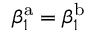
\beta _ { 1 } ^ { \mathrm { a } } = \beta _ { 1 } ^ { \mathrm { b } }